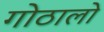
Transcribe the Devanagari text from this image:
गोठालो